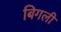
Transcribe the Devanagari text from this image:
बिगली